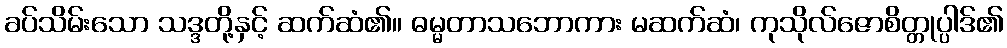
ခပ်သိမ်းသော သဒ္ဒတို့နှင့် ဆက်ဆံ၏။ ဓမ္မတာသဘောကား မဆက်ဆံ၊ ကုသိုလ်ဇောစိတ္တုပ္ပါဒ်၏